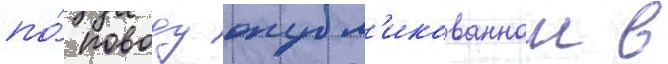
по́ поводу опубл'икованнои в